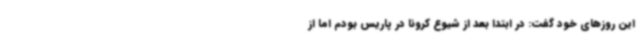
این روزهای خود گفت: در ابتدا بعد از شیوع کرونا در پاریس بودم اما از